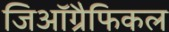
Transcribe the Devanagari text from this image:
जिऑग्रैफिकल